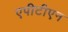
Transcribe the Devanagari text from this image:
एपीटीएन